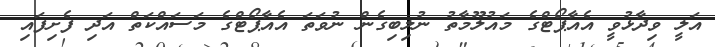
އަލީ ވިދާޅުވީ އެއާޕޯޓްގެ މައުލޫމާތު ނުލިބިގެން ނުވަތަ އެއާޕޯޓްގެ މަސައްކަތް އަދި ފެށިފައި